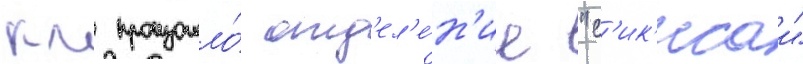
км произошло́ отд'ел'е́н'ие "с'ик'исаи"